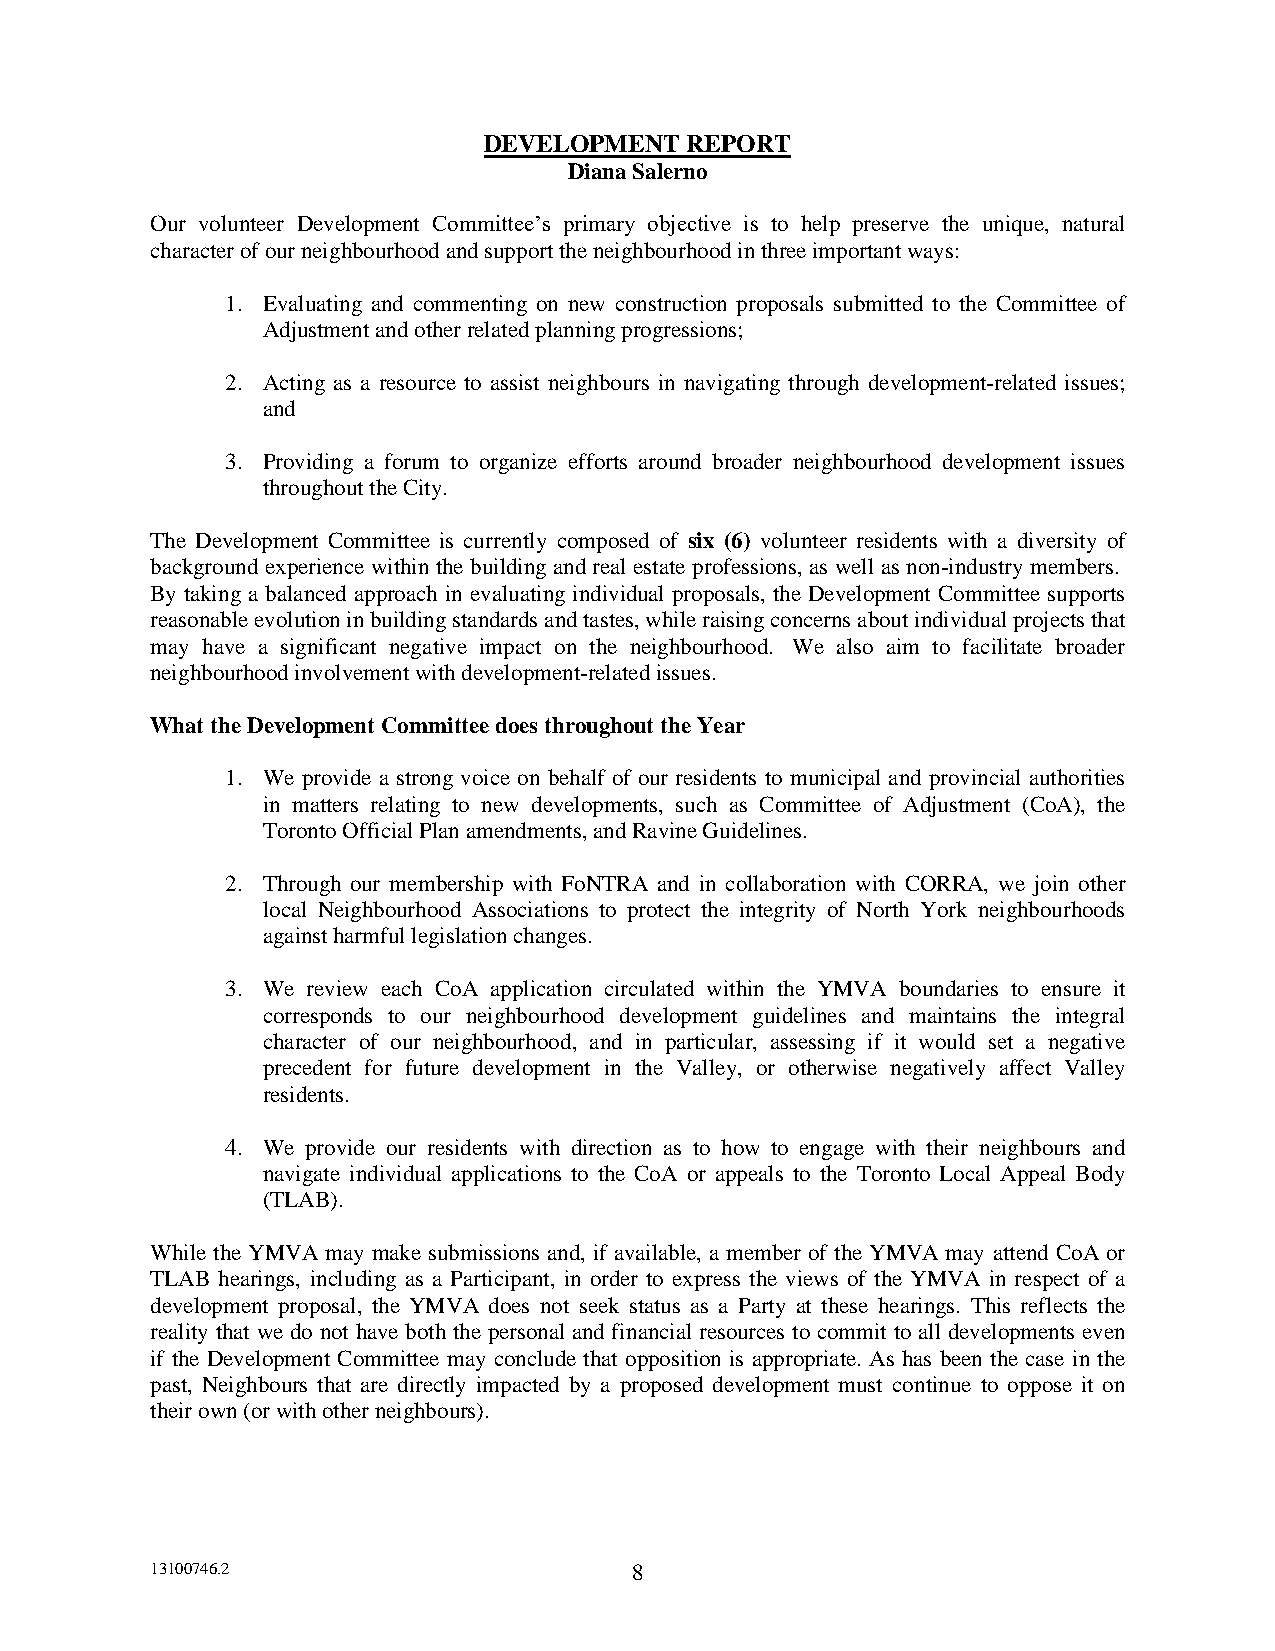
DEVELOPMENT  REPORT
 Diana Salerno
 Our volunteer Development Committee’s primary objective is to help preserve the unique, natural
 character of our neighbourhood and support the neighbourhood in three important ways:
 1. Evaluating and commenting on new construction proposals submitted to the Committee of
 Adjustment and other related planning progressions;
 2. Acting as a resource to assist neighbours in navigating through development-related issues;
 and
 3. Providing a forum to organize efforts around broader neighbourhood development issues
 throughout the City.
 The Development Committee is currently composed of six (6) volunteer residents with a diversity of
 background experience within the building and real estate professions, as well as non-industry members.
 By taking a balanced approach in evaluating individual proposals, the Development Committee supports
 reasonable evolution in building standards and tastes, while raising concerns about individual projects that
 may have a significant negative impact on the neighbourhood. We also aim to facilitate broader
 neighbourhood involvement with development-related issues.
 What the Development Committee does throughout the Year
 1. We provide a strong voice on behalf of our residents to municipal and provincial authorities
 in matters relating to new developments, such as Committee of Adjustment (CoA), the
 Toronto Official Plan amendments, and Ravine Guidelines.
 2. Through our membership with FoNTRA and in collaboration with CORRA, we join other
 local Neighbourhood Associations to protect the integrity of North York neighbourhoods
 against harmful legislation changes.
 3. We review each CoA application circulated within the YMVA boundaries to ensure it
 corresponds to our neighbourhood development guidelines and maintains the integral
 character of our neighbourhood, and in particular, assessing if it would set a negative
 precedent for future development in the Valley, or otherwise negatively affect Valley
 residents.
 4. We provide our residents with direction as to how to engage with their neighbours and
 navigate individual applications to the CoA or appeals to the Toronto Local Appeal Body
 (TLAB).
 While the YMVA may make submissions and, if available, a member of the YMVA may attend CoA or
 TLAB hearings, including as a Participant, in order to express the views of the YMVA in respect of a
 development proposal, the YMVA does not seek status as a Party at these hearings. This reflects the
 reality that we do not have both the personal and financial resources to commit to all developments even
 if the Development Committee may conclude that opposition is appropriate. As has been the case in the
 past, Neighbours that are directly impacted by a proposed development must continue to oppose it on
 their own (or with other neighbours).
 13100746.2                      8